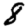
Digit: 8